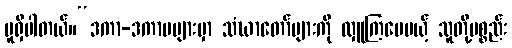
မူရှိပါတယ်။“ဒကာ-ဒကာမများမှာ သံဃာတော်များကို လှူကြပေမယ့် သူတို့ပစ္စည်း